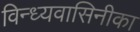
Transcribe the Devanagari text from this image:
विन्ध्यवासिनीका